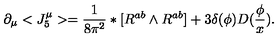
\partial _ { \mu } < J _ { 5 } ^ { \mu } > = \frac 1 { 8 \pi ^ { 2 } } * [ R ^ { a b } \wedge R ^ { a b } ] + 3 \delta ( \phi ) D ( \frac \phi x ) .